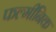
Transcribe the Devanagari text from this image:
फल्मीनिक